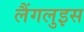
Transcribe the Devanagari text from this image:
लैंगलुइस